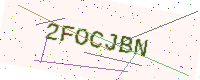
Text: 2FOCJBN